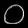
Digit: ၀